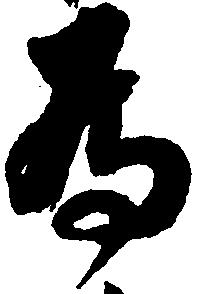
為